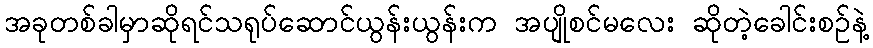
အခုတစ်ခါမှာဆိုရင်သရုပ်ဆောင်ယွန်းယွန်းက အပျိုစင်မလေး ဆိုတဲ့ခေါင်းစဉ်နဲ့